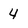
Character: 4